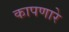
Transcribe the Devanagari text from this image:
कापणारे